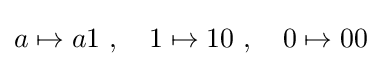
a\mapsto a1\ ,\quad 1\mapsto 10\ ,\quad 0\mapsto 00